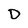
Character: D